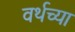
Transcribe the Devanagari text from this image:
वर्थच्या